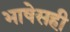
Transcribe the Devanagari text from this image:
भाषेसही